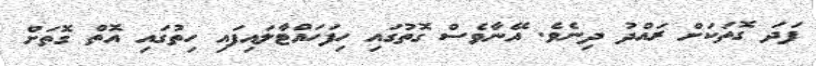
ފަދަ ގޮތަކަށް ރައްދު ދިނެވެ. އޭނާވެސް ގޮތުގައި ހިފަހައްޓާލައިފައި ހިތުގައި އޮތް ގޮތަށް